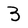
Character: 3